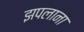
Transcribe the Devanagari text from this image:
झपलाना